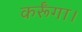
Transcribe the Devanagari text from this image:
कर्रूँगा।